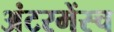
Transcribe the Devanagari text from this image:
अंटरमेंस्च